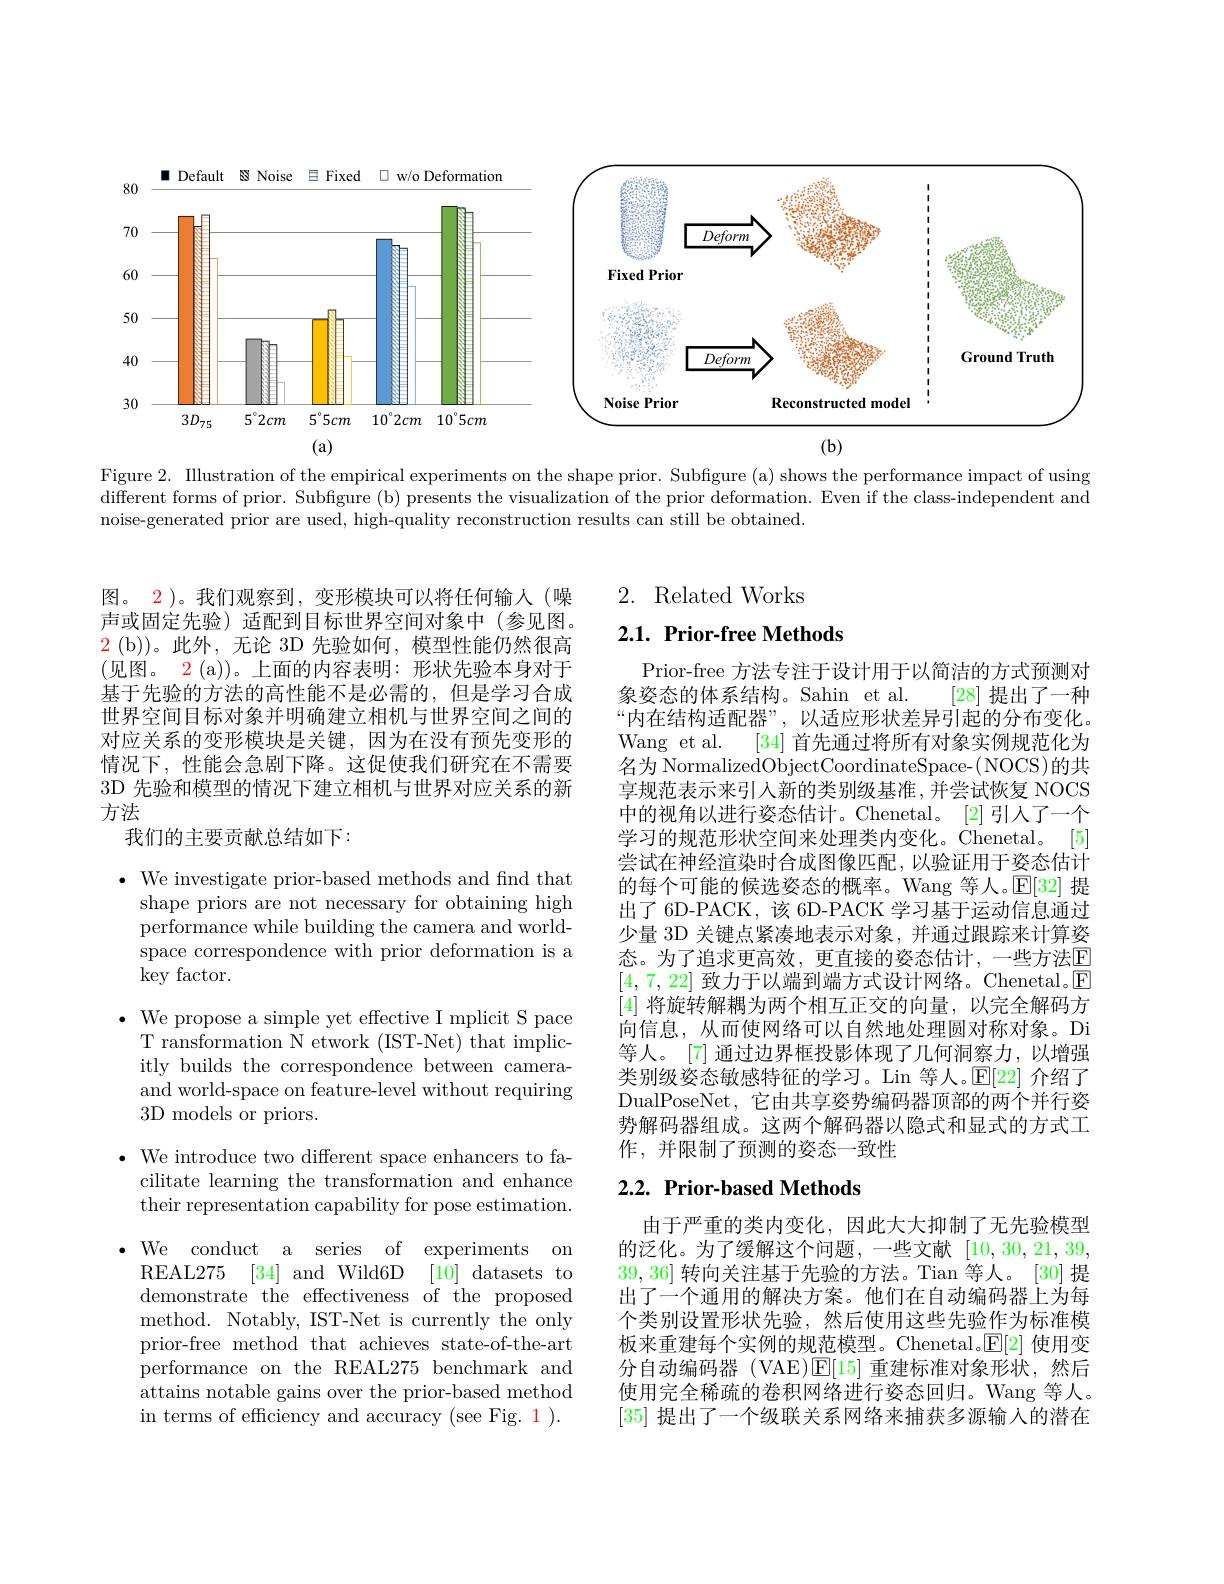
<FigureHere>

Figure 2. Illustration of the empirical experiments on the shape prior. Subfigure (a) shows the performance impact of using different forms of prior. Subfigure (b) presents the visualization of the prior deformation. Even if the class-independent and noise-generated prior are used, high-quality reconstruction results can still be obtained.

图。2)。我们观察到，变形模块可以将任何输入(噪声或固定先验) 适配到目标世界空间对象中(参见图。$\color{red}2$ (b))。此外，无论 3D 先验如何，模型性能仍然很高(见图。2(a))。上面的内容表明：形状先验本身对于基于先验的方法的高性能不是必需的，但是学习合成世界空间目标对象并明确建立相机与世界空间之间的对应关系的变形模块是关键，因为在没有预先变形的情况下，性能会急剧下降。这促使我们研究在不需要3D 先验和模型的情况下建立相机与世界对应关系的新方法
我们的主要贡献总结如下：

$\bullet$ We investigate prior-based methods and find that shape priors are not necessary for obtaining high performance while building the camera and worldspace correspondence with prior deformation is a key factor.

$\bullet$ We propose a simple yet effective I mplicit S pace

T ransformation N etwork (IST-Net) that implic-

itly builds the correspondence between camera-

and world-space on feature-level without requiring

3D models or priors.

$\bullet$ We introduce two different space enhancers to fa-
cilitate learning the transformation and enhance their representation capability for pose estimation.

$\bullet$ We conduct a series of experiments on
REAL275 [34]and Wild6D [10]datasets to demonstrate the effectiveness of the proposed method. Notably, IST-Net is currently the only prior-free method that achieves state-of-the-art performance on the REAL275 benchmark and attains notable gains over the prior-based method in terms of efficiency and accuracy (see Fig. 1).

2. Related Works

2.1. Prior-free Methods

Prior-free 方法专注于设计用于以简洁的方式预测对
象姿态的体系结构。Sahin et al.
[28]提出了一种
“内在结构适配器”,以适应形状差异引起的分布变化。
Wang et al.
[34]首先通过将所有对象实例规范化为
名为 NormalizedObjectCoordinateSpace-( NOCS)的共享规范表示来引人新的类别级基准，并尝试恢复 NOCS 中的视角以进行姿态估计。Chenetal。[2] 引人了一个学习的规范形状空间来处理类内变化。Chenetal。[5] 尝试在神经渲染时合成图像匹配，以验证用于姿态估计的每个可能的候选姿态的概率。Wang 等人。$\mathbb{E}[32]$提出了6D-PACK,该 6D-PACK 学习基于运动信息通过少量 3D 关键点紧凑地表示对象，并通过跟踪来计算姿态。为了追求更高效，更直接的姿态估计，一些方法$\mathbb{E}$ [4,7,22]致力于以端到端方式设计网络。Chenetal$。\square$ [4]将旋转解耦为两个相互正交的向量，以完全解码方向信息，从而使网络可以自然地处理圆对称对象。Di 等人。[7] 通过边界框投影体现了几何洞察力，以增强类别级姿态敏感特征的学习。Lin 等人。$\mathbb{E}[22]$介绍了DualPoseNet, 它由共享姿势编码器顶部的两个并行姿势解码器组成。这两个解码器以隐式和显式的方式工作，并限制了预测的姿态一致性

## 2.2. Prior-based Methods

由于严重的类内变化，因此大大抑制了无先验模型的泛化。为了缓解这个问题，一些文献[10,30,21,39, 39,36]转向关注基于先验的方法。Tian 等人。[30]提出了一个通用的解决方案。他们在自动编码器上为每个类别设置形状先验，然后使用这些先验作为标准模板来重建每个实例的规范模型。Chenetal。$\mathbb{E}[2]$使用变分自动编码器 (VAE)$\mathbb{E}[15]$重建标准对象形状，然后使用完全稀疏的卷积网络进行姿态回归。Wang 等人。[35]提出了一个级联关系网络来捕获多源输入的潜在